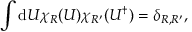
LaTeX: \int \mathrm { d } U \chi _ { R } ( U ) \chi _ { R ^ { \prime } } ( U ^ { \dagger } ) = \delta _ { R , R ^ { \prime } } ,